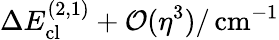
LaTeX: \Delta E_{\mathrm{cl}}^{(2,1)}+\mathcal{O}(\eta^{3})/\, \mathrm{cm}^{-1}